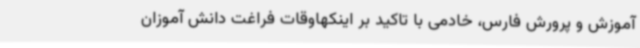
آموزش و پرورش فارس، خادمی با تاکید بر اینکهاوقات فراغت دانش آموزان